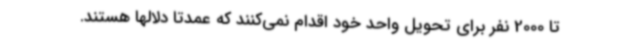
تا 2000 نفر برای تحویل واحد خود اقدام نمی‌کنند که عمدتاً دلالها هستند.